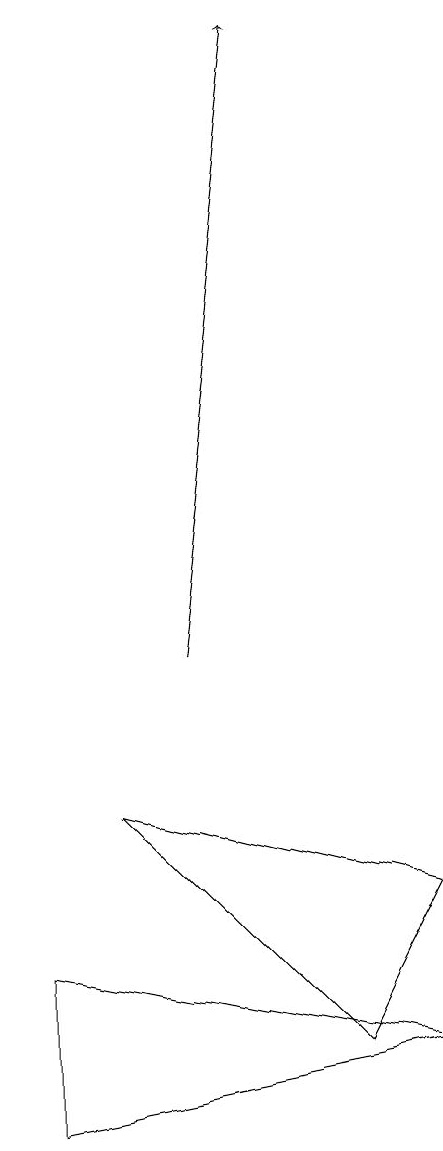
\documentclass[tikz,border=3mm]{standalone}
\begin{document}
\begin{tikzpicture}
\draw (1,5) -- (6,6) -- (1,7) -- cycle;
\draw (5,6) -- (2,9) -- (6,8) -- cycle;
\draw[->] (3,11) -- (4,19);
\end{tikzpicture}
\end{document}